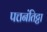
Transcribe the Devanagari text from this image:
पत्तनंतिट्टा